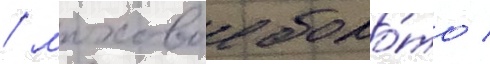
/ моховое боло́то /